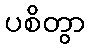
ပစိတွာ